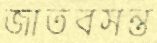
জাতবসন্ত